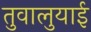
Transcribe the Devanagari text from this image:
तुवालुयाई